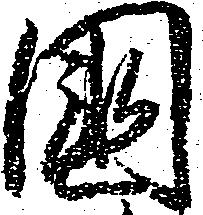
国